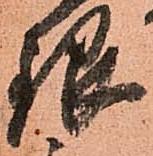
銀